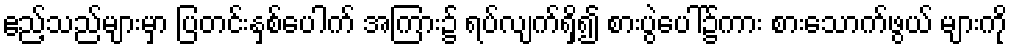
ဧည့်သည်များမှာ ပြတင်းနှစ်ပေါက် အကြား၌ ရပ်လျက်ရှိ၍ စားပွဲပေါ်၌ကား စားသောက်ဖွယ် များကို